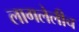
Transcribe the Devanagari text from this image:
लागलेलीच